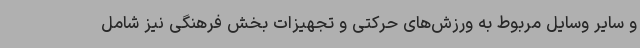
و سایر وسایل مربوط به ورزش‌های حرکتی و تجهیزات بخش فرهنگی نیز شامل